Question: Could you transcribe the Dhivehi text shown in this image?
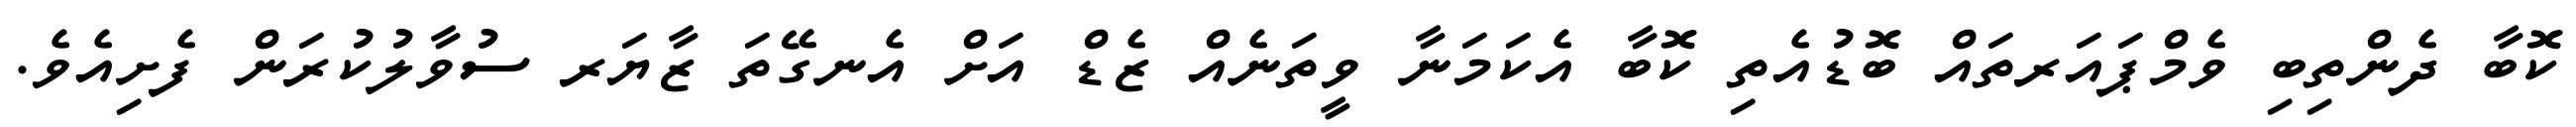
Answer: ކޮބާ ދެންތިބި ވެމްޕައަރތައް ބޮޑުއެތި ކޮބާ އެކަމަނާ ވީތަނެއް ޒެޑް އަށް އެނގޭތަ ޒާޔަރ ސުވާލުކުރަން ފެށިއެވެ.